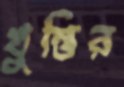
খুন্তির